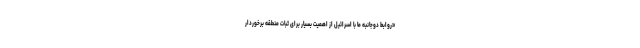
«روابط دوجانبه ما با اسرائیل از اهمیت بسیار برای ثبات منطقه برخوردار